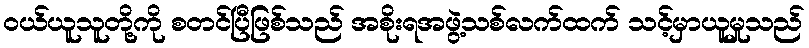
ဝယ်ယူသူတို့ကို စတင်ပြီဖြစ်သည် အစိုးရအဖွဲ့သစ်လက်ထက် သင့်မှာယူမှုသည်